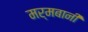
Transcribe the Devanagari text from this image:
मर्मबानी